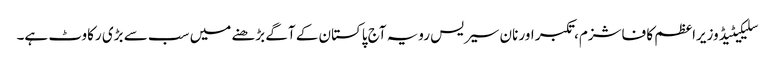
سلیکیٹیڈ وزیراعظم کا فاشزم، تکبر اور نان سیریس رویہ آج پاکستان کے آگے بڑھنے میں سب سے بڑی رکاوٹ ہے۔